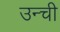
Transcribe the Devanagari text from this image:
उन्ची